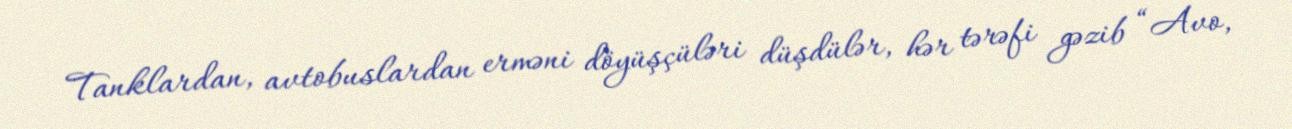
Tanklardan, avtobuslardan erməni döyüşçüləri düşdülər, hər tərəfi gəzib “Avo,